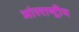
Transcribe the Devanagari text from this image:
आंरराष्ट्रीय